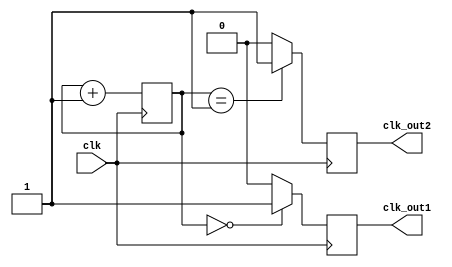
module johnson_counter_clock_divider (
    input wire clk,
    output wire clk_out1,
    output wire clk_out2,
    // Add more output clocks as needed
);

reg [2:0] count;

always @(posedge clk) begin
    count <= count + 1;
    case(count)
        3'd0: begin
            clk_out1 <= 1;
            clk_out2 <= 0;
            // Add more clock signals here
        end
        3'd1: begin
            clk_out1 <= 0;
            clk_out2 <= 1;
            // Add more clock signals here
        end
        // Add more cases for additional clock signals
        default: begin
            clk_out1 <= 0;
            clk_out2 <= 0;
            // Add more clock signals here
        end
    endcase
end

endmodule